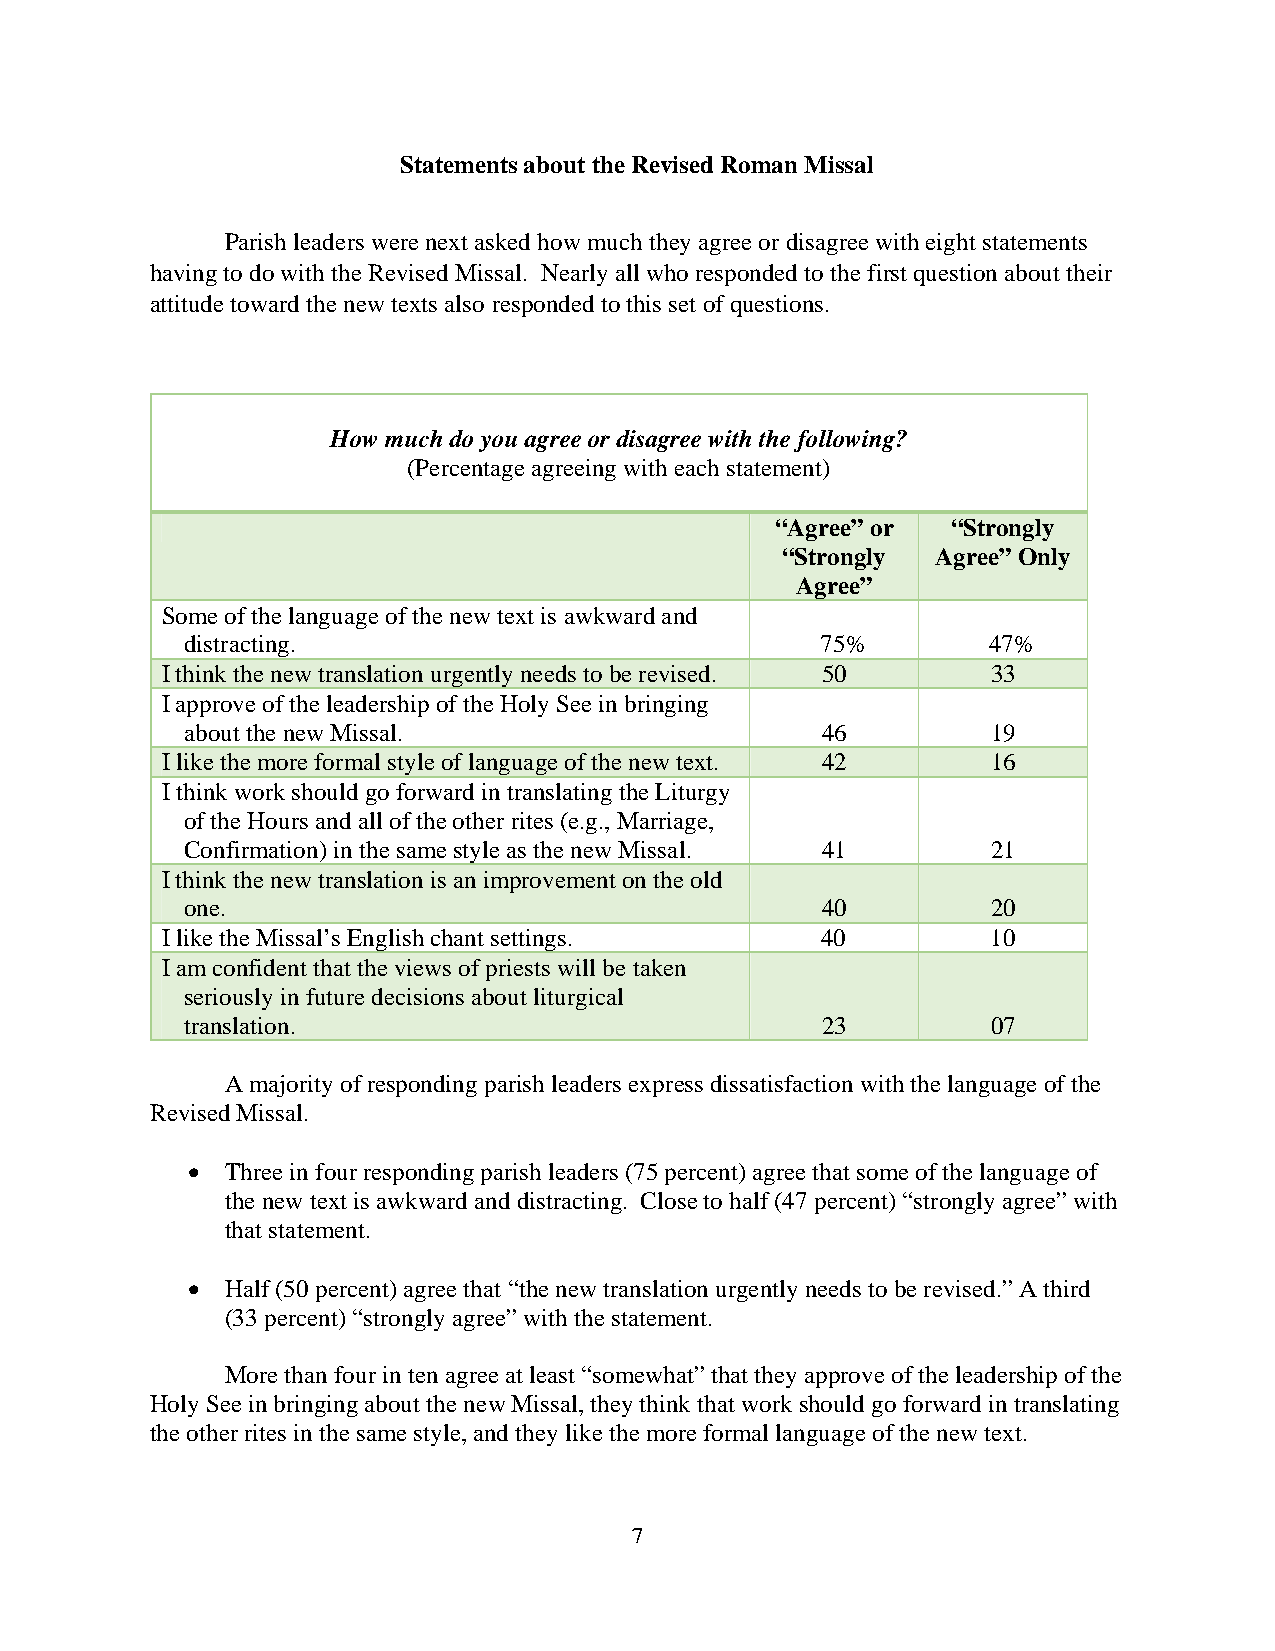
Statements about the Revised Roman Missal
 Parish leaders were next asked how much they agree or disagree with eight statements
 having to do with the Revised Missal. Nearly all who responded to the first question about their
 attitude toward the new texts also responded to this set of questions.
 How much do you agree or disagree with the following?
 (Percentage agreeing with each statement)
 “Agree” or  “Strongly
 “Strongly Agree” Only
 Agree”
 Some of the language of the new text is awkward and
 distracting.                              75%         47%
 I think the new translation urgently needs to be revised. 50 33
 I approve of the leadership of the Holy See in bringing
 about the new Missal.                     46          19
 I like the more formal style of language of the new text. 42 16
 I think work should go forward in translating the Liturgy
 of the Hours and all of the other rites (e.g., Marriage,
 Confirmation) in the same style as the new Missal. 41 21
 I think the new translation is an improvement on the old
 one.                                      40          20
 I like the Missal’s English chant settings. 40         10
 I am confident that the views of priests will be taken
 seriously in future decisions about liturgical
 translation.                              23          07
 A majority of responding parish leaders express dissatisfaction with the language of the
 Revised Missal.
   Three in four responding parish leaders (75 percent) agree that some of the language of
 the new text is awkward and distracting. Close to half (47 percent) “strongly agree” with
 that statement.
   Half (50 percent) agree that “the new translation urgently needs to be revised.” A third
 (33 percent) “strongly agree” with the statement.
 More than four in ten agree at least “somewhat” that they approve of the leadership of the
 Holy See in bringing about the new Missal, they think that work should go forward in translating
 the other rites in the same style, and they like the more formal language of the new text.
 7